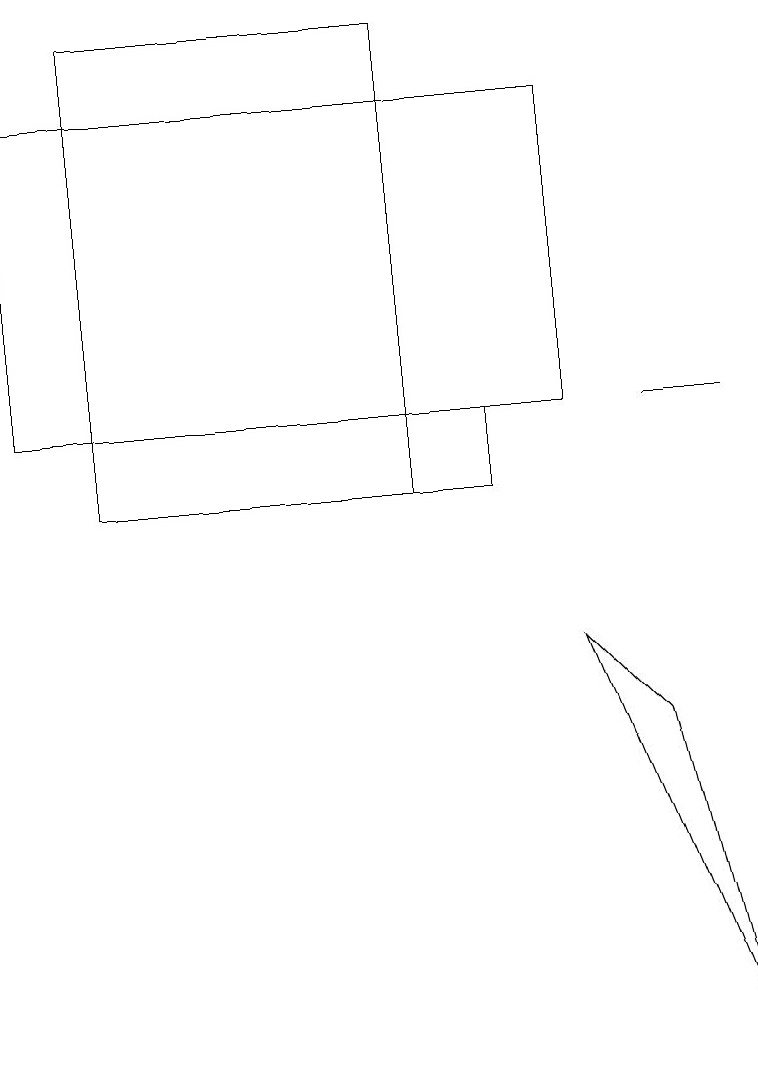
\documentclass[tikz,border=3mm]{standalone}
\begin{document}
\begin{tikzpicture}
\draw (8,8) -- (9,4) -- (7,9) -- cycle;
\draw (1,12) rectangle (6,11);
\draw (8,12) rectangle (9,12);
\draw (1,17) rectangle (5,11);
\draw (0,12) rectangle (7,16);
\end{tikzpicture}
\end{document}